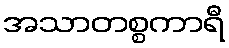
အသာတစ္စကာရီ